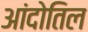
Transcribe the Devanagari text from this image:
आंदोतिल